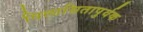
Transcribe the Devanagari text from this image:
विलासितापुर्वक